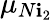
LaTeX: \mu_{N\mathbf{i}_{2}}